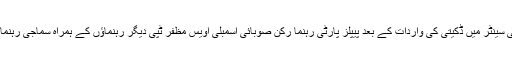
کراچی کی تصاویر، کراچی، کھارادر ایدھی سینٹر میں ڈکیتی کی واردات کے بعد پیپلز پارٹی رہنما رکن صوبائی اسمبلی اویس مظفر ٹپی دیگر رہنماؤں کے ہمراہ سماجی رہنما عبدالستار ایدھی سے ملاقات کر رہے ہیں۔